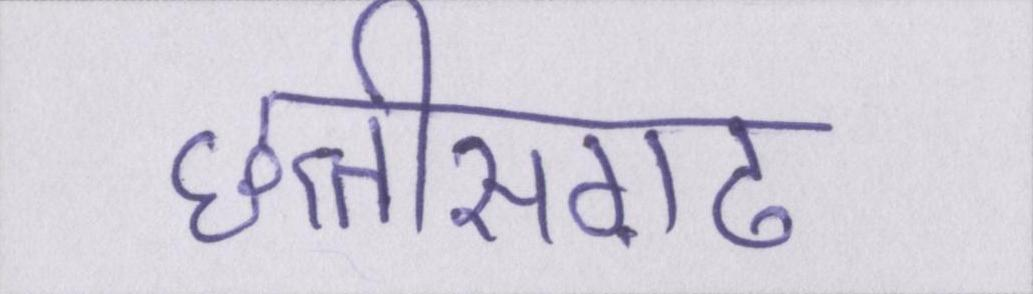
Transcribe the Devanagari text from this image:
छत्तीसग़ढ